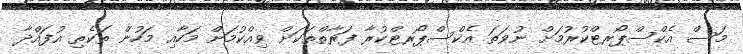
މަސް އެކްސްޕޯރޓްކުރުމަށް ނުވަތަ އެކްސްޕޯރޓްކުރާ ފަރާތްތަކަށް ވިއްކުމަށް މަހާއި މަހުން ތަކެތި އުފައްދާ